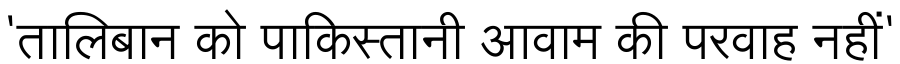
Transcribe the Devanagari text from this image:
'तालिबान को पाकिस्तानी आवाम की परवाह नहीं'